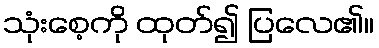
သုံးစေ့ကို ထုတ်၍ ပြလေ၏။